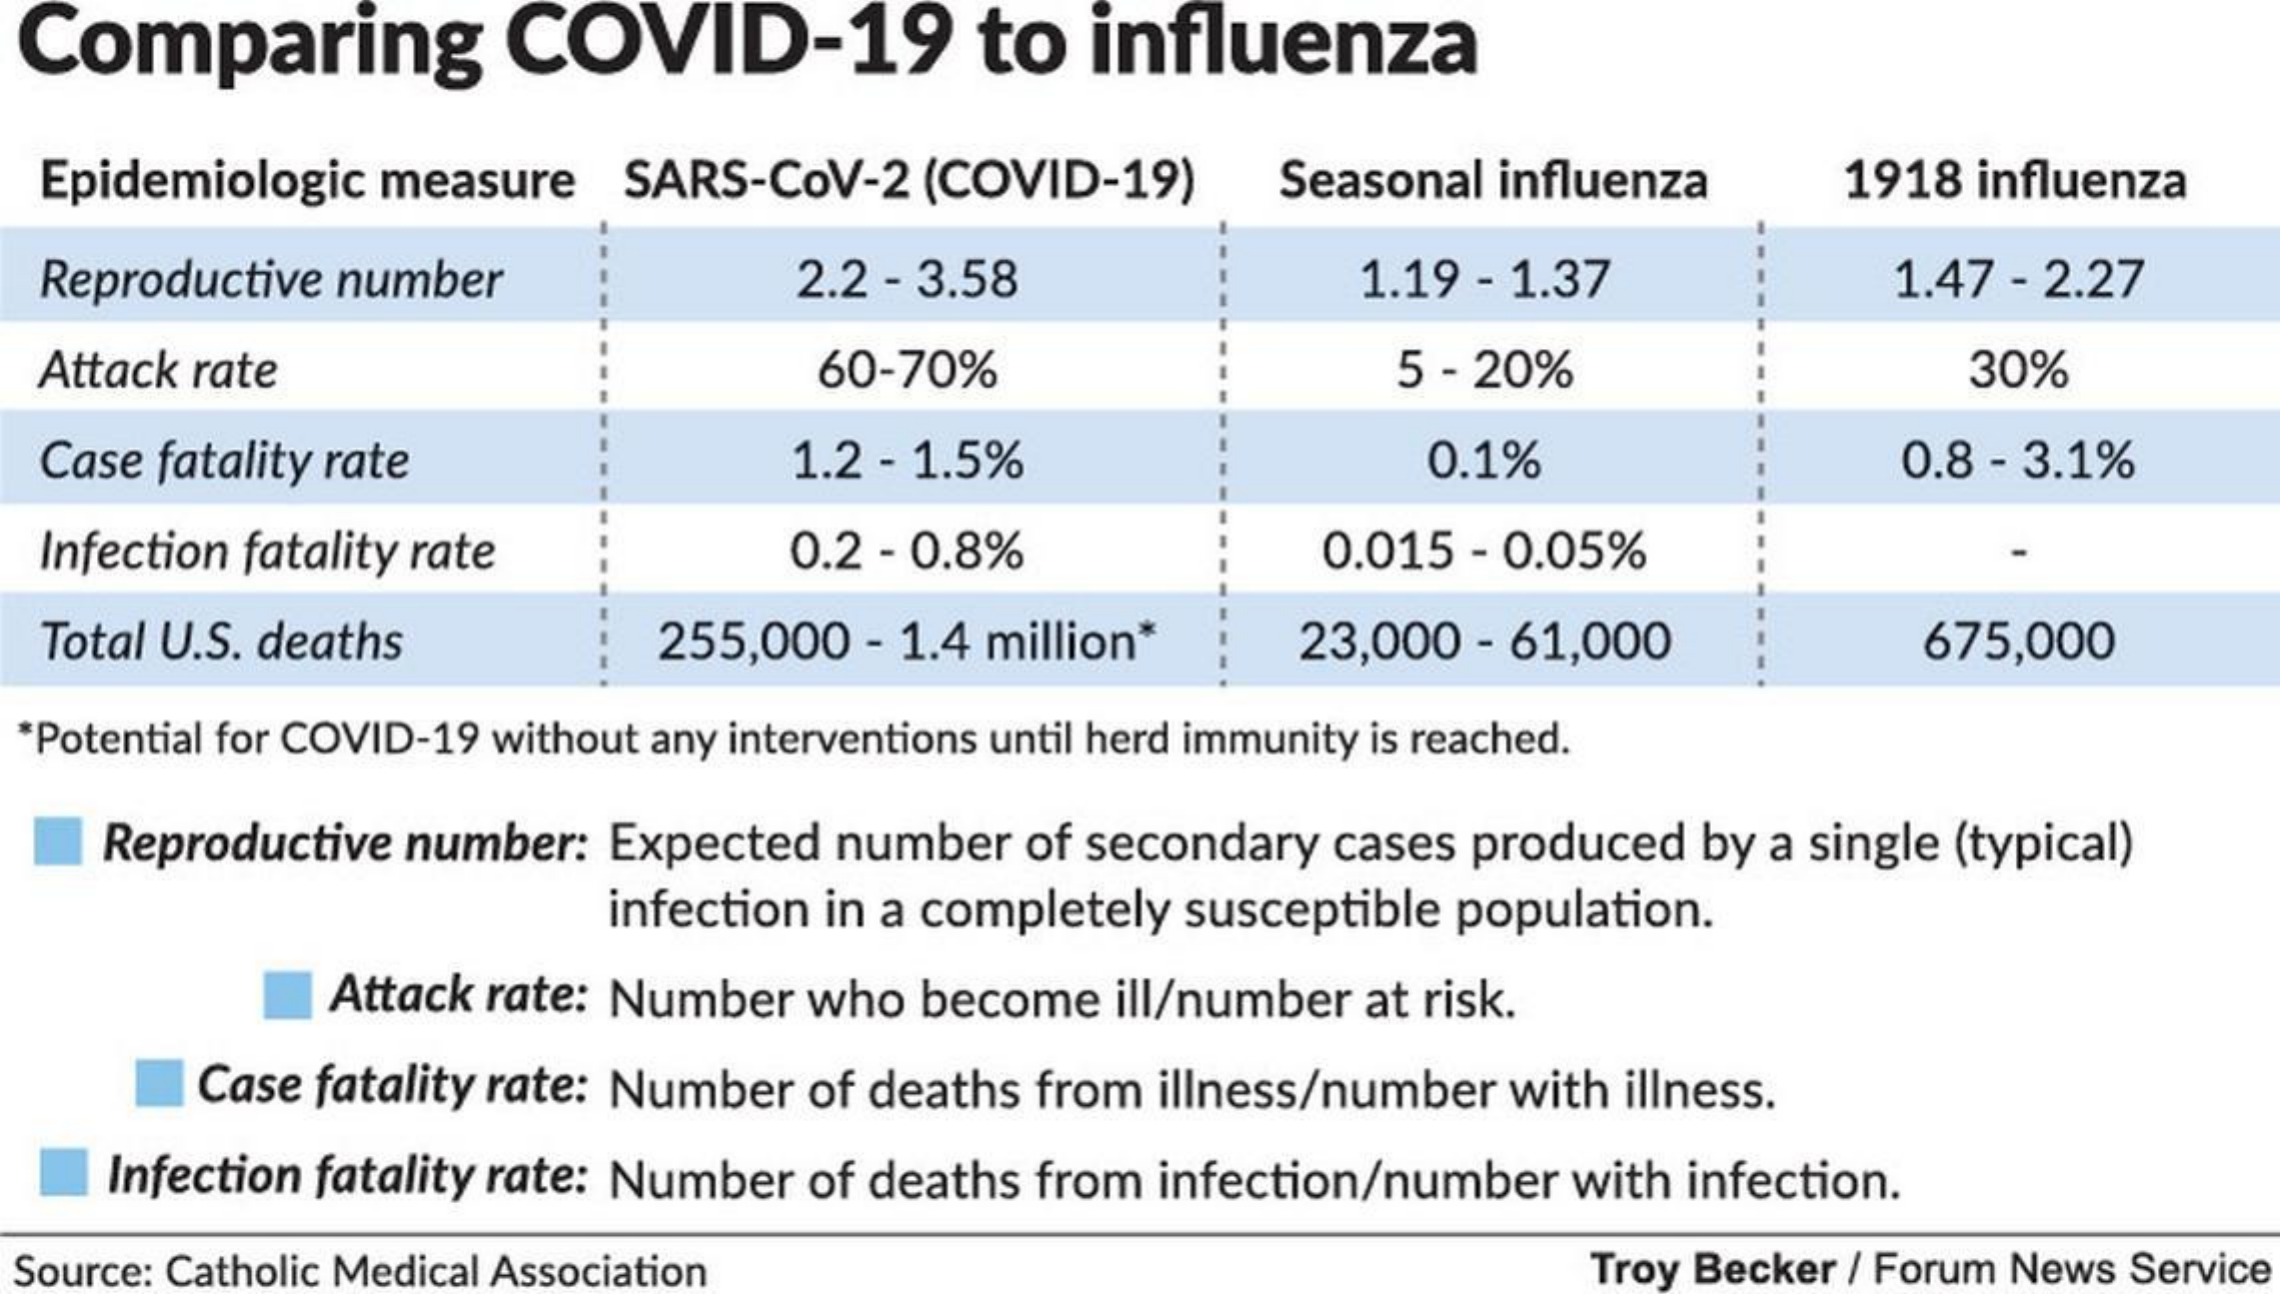
Comparing    COVID-19    to  influenza
  Epidemiologic measure SARS-COV-2 (COVID-19)   Seasonal influenza  1918 influenza
  Reproductive number    2.2 - 3.58    1.19 - 1.37    1.47 - 2.27
  Attack rate    60-70%    5 - 20%    30%
  Case fatality rate    1.2 - 1.5%    0.1%    0.8 - 3.1%
  Infection fatality rate    0.2 - 0.8%    0.015 - 0.05%
  Total U.S. deaths    255,000 - 1.4 million* 23,000 - 61,000    675,000
  *Potential for COVID-19 without any interventions until herd immunity is reached.
    Reproductive number: Expected number of secondary cases produced by a single (typical)
     infection in a completely susceptible population.
     Attack rate: Number who become ill/number at risk.
     Case fatality rate: Number of deaths from illness/number with illness.
    Infection fatality rate: Number of deaths from infection/number with infection.
  Source: Catholic Medical Association    Troy Becker / Forum News Service